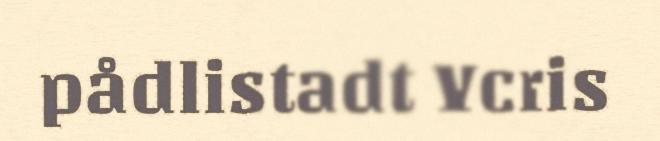
pådlistadt Ycris